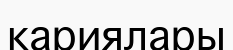
кариялары